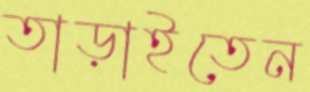
তাড়াইতেন